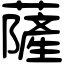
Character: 薩